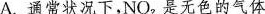
A.通常状况下，NO_{2}是无色的气体